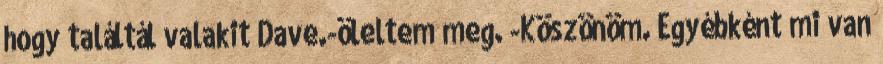
hogy találtál valakit Dave.-öleltem meg. -Köszönöm. Egyébként mi van